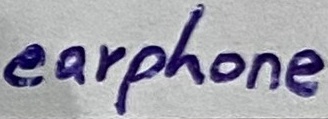
Text: earphone